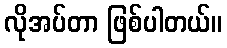
လိုအပ်တာ ဖြစ်ပါတယ်။